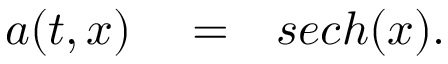
\begin{array} { r l r } { a ( t , x ) } & { { } = } & { s e c h ( x ) . } \end{array}